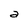
Character: a